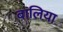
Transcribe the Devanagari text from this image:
बालिया